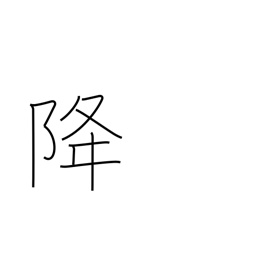
Meaning: descend